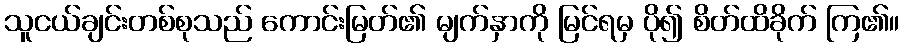
သူငယ်ချင်းတစ်စုသည် ကောင်းမြတ်၏ မျက်နှာကို မြင်ရမှ ပို၍ စိတ်ထိခိုက် ကြ၏။